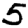
Digit: 5